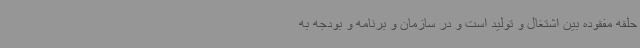
حلقه مفقوده بین اشتغال و تولید است و در سازمان و برنامه و بودجه به